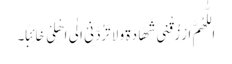
اَللّٰھُمَّ ارْزُقْنِی شَھَادَۃَ وَلَا تَرُدَّنِیْ اِلٰی اَھْلِیْ خَائِبًا۔